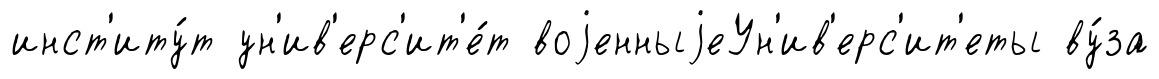
инст'иту́т ун'ив'ерс'ит'е́т воjенныjеУн'ив'ерс'ит'еты ву́за